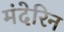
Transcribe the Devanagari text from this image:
मंदेरिन